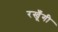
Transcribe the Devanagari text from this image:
रखूँगी